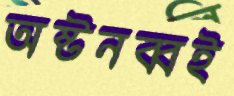
অষ্টনব্বই